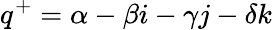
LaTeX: q^{+}=\alpha-\beta i-\gamma j-\delta k